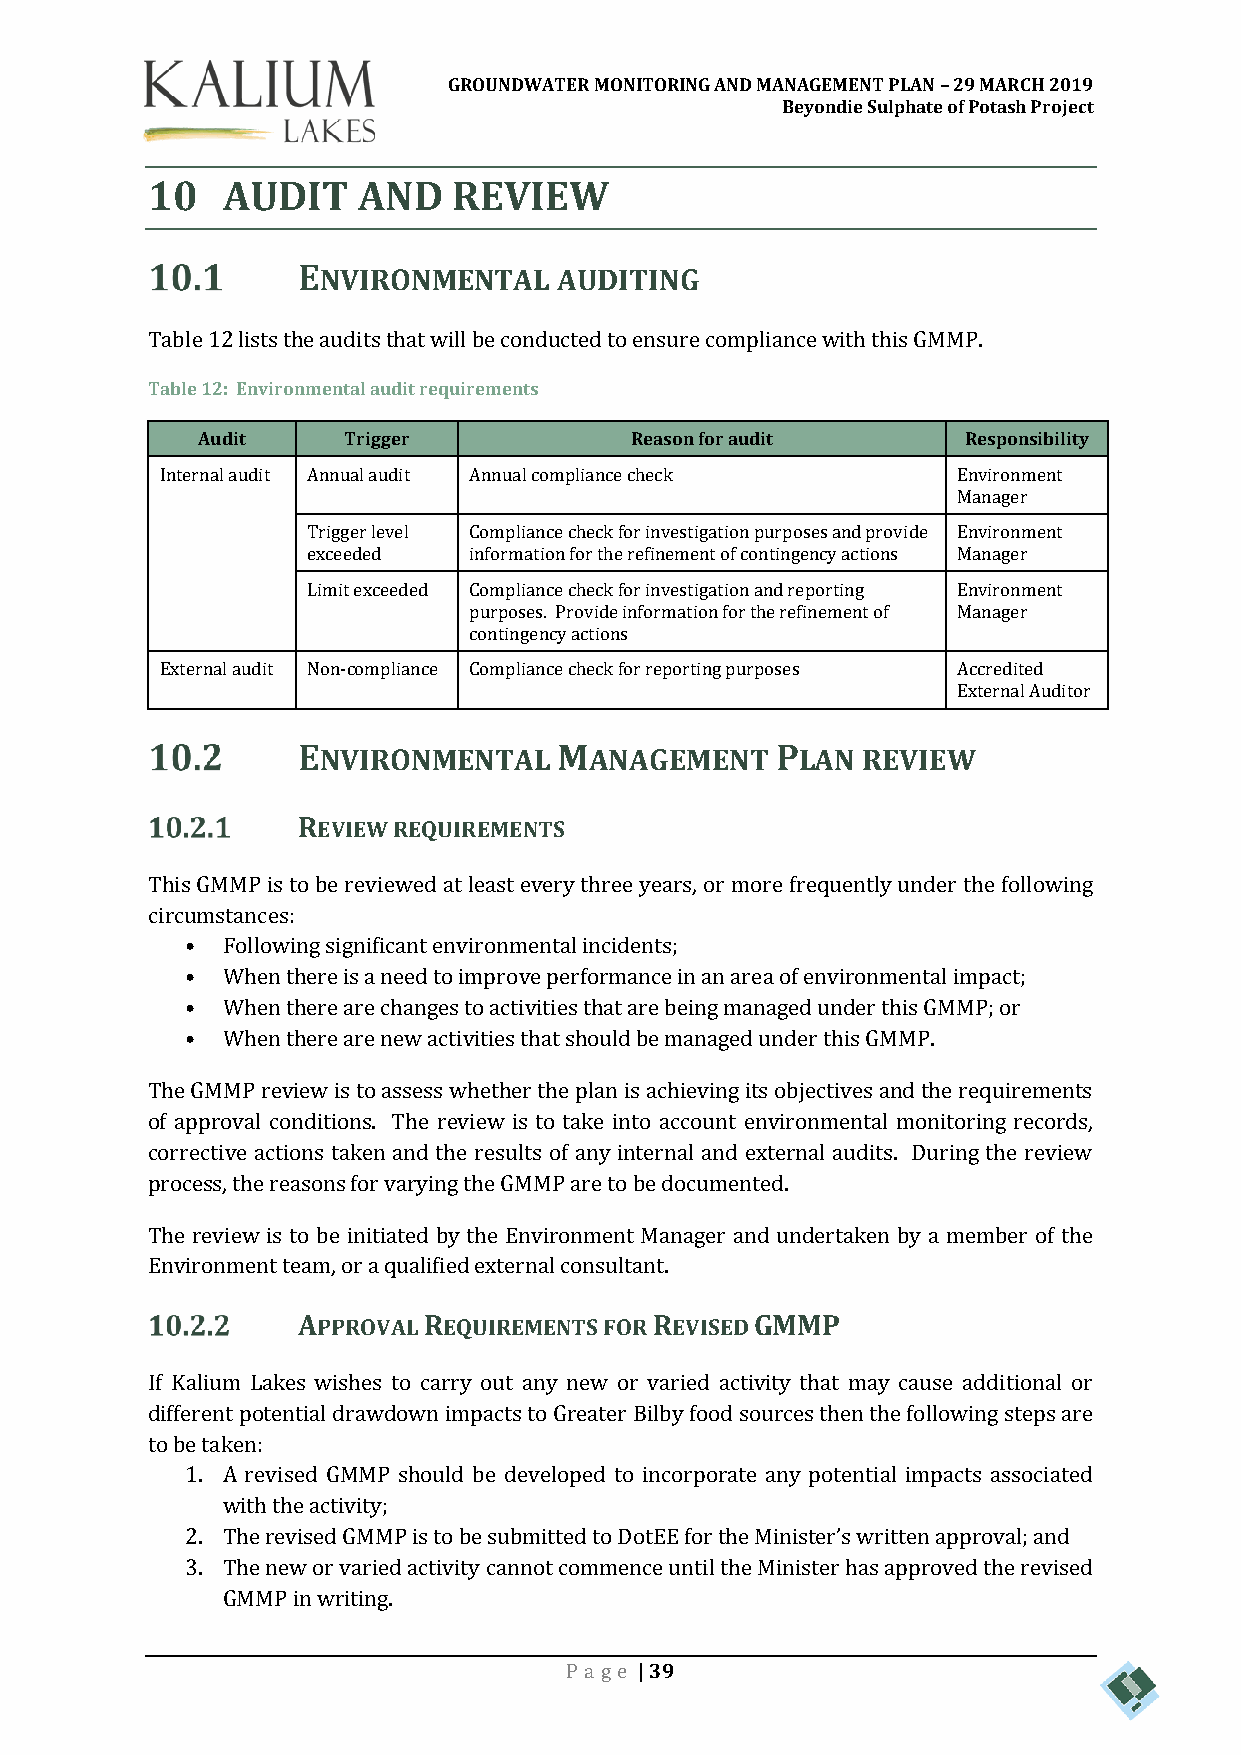
GROUNDWATER MONITORING AND MANAGEMENT PLAN – 29 MARCH 2019
 Beyondie Sulphate of Potash Project
 10   AUDIT    AND   REVIEW
 ENVIRONMENTAL    AUDITING
 Table 12 lists the audits that will be conducted to ensure compliance with this GMMP.
 Table 12: Environmental audit requirements
 Audit     Trigger            Reason for audit      Responsibility
 Internal audit Annual audit Annual compliance check Environment
 Manager
 Trigger level Compliance check for investigation purposes and provide Environment
 exceeded   information for the refinement of contingency actions Manager
 Limit exceeded Compliance check for investigation and reporting Environment
 purposes. Provide information for the refinement of Manager
 contingency actions
 External audit Non-compliance Compliance check for reporting purposes Accredited
 External Auditor
 ENVIRONMENTAL    MANAGEMENT    PLAN  REVIEW
 REVIEW REQUIREMENTS
 This GMMP is to be reviewed at least every three years, or more frequently under the following
 circumstances:
 •  Following significant environmental incidents;
 •  When there is a need to improve performance in an area of environmental impact;
 •  When there are changes to activities that are being managed under this GMMP; or
 •  When there are new activities that should be managed under this GMMP.
 The GMMP review is to assess whether the plan is achieving its objectives and the requirements
 of approval conditions. The review is to take into account environmental monitoring records,
 corrective actions taken and the results of any internal and external audits. During the review
 process, the reasons for varying the GMMP are to be documented.
 The review is to be initiated by the Environment Manager and undertaken by a member of the
 Environment team, or a qualified external consultant.
 APPROVAL REQUIREMENTS FOR REVISED GMMP
 If Kalium Lakes wishes to carry out any new or varied activity that may cause additional or
 different potential drawdown impacts to Greater Bilby food sources then the following steps are
 to be taken:
 1. A revised GMMP should be developed to incorporate any potential impacts associated
 with the activity;
 2. The revised GMMP is to be submitted to DotEE for the Minister’s written approval; and
 3. The new or varied activity cannot commence until the Minister has approved the revised
 GMMP in writing.
 Pa ge | 39